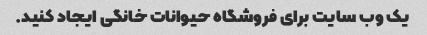
یک وب سایت برای فروشگاه حیوانات خانگی ایجاد کنید.